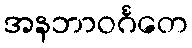
အနဘာဝင်္ဂတေ